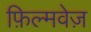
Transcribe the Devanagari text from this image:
फ़िल्मवेज़